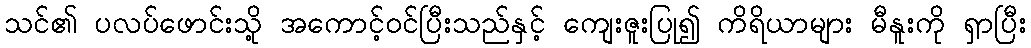
သင်၏ ပလပ်ဖောင်းသို့ အကောင့်ဝင်ပြီးသည်နှင့် ကျေးဇူးပြု၍ ကိရိယာများ မီနူးကို ရှာပြီး